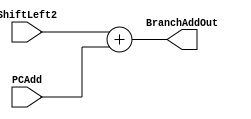
`timescale 1ns / 1ps
//////////////////////////////////////////////////////////////////////////////////
//////////////////////////////////////////////////////////////////////////////////

module BranchAdd(
    input [31:0] ShiftLeft2,
    input [31:0] PCAdd,
    output [31:0] BranchAddOut

    );
    assign BranchAddOut = ShiftLeft2+PCAdd;
endmodule